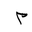
Letter: _mim